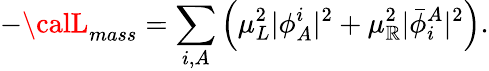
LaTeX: -{\calL}_{mass}=\sum_{i,A}\left(\mu_{L}^{2}\vert\phi_{A}^{i}\vert^{2}+\mu_{\mathbb{R}}^{2}\vert{\bar{{\phi}}}_{i}^{A}\vert^{2}\right).